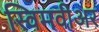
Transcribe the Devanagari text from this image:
स्विमवीअर